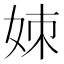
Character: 𪥱